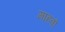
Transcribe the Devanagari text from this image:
माहवो